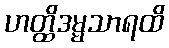
ဟတ္ထိဒမ္မသာရထိ